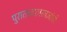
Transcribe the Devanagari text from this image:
पुरातत्त्वशास्त्रज्ञांची